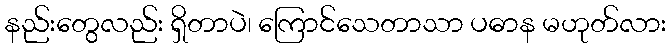
နည်းတွေလည်း ရှိတာပဲ၊ ကြောင်သေတာသာ ပဓာန မဟုတ်လား